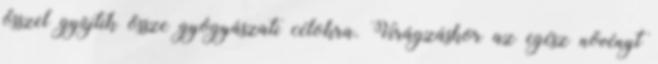
ősszel gyűjtik össze gyógyászati célokra. Virágzáskor az egész növényt